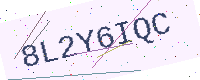
Text: 8L2Y6IQC